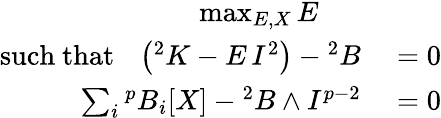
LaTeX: \begin{array}{rl}{\operatorname*{max}_{E,X}{E}~~~~~~}&{{}}\\ {\mathrm{such~that~~~}\left({}^{2}K-E\, I^{2}\right)-{}^{2}B}&{{}=0}\\ {\sum_{i}{{}^{p}B_{i}[X]}-{}^{2}B\wedge I^{p-2}}&{{}=0}\end{array}